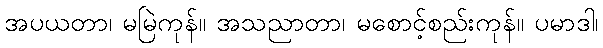
အပယတာ၊ မမြဲကုန်။ အသညာတာ၊ မစောင့်စည်းကုန်။ ပမာဒါ၊